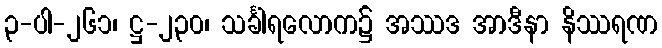
၃-ပါ-၂၆၁၊ ဋ္ဌ-၂၃၀၊ သင်္ခါရလောက၌ အဿဒ အာဒီနာ နိဿရဏ